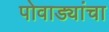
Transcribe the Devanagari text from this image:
पोवाड्यांचा